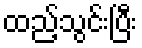
ထည့်သွင်းပြီး